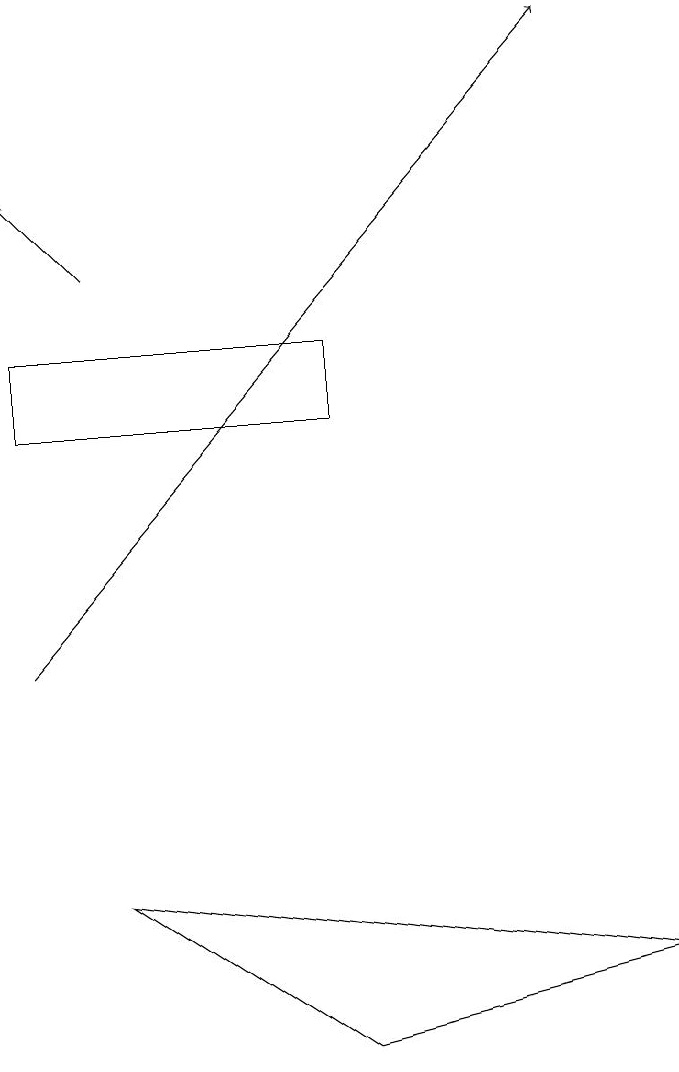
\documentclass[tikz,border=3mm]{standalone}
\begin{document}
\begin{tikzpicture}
\draw[->] (1,11) -- (8,19);
\draw[->] (2,16) -- (1,17);
\draw (1,15) rectangle (5,14);
\draw (2,8) -- (9,7) -- (5,6) -- cycle;
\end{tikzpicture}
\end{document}